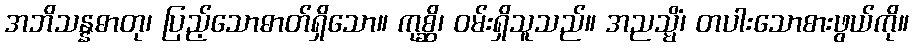
အဘိသန္နဓာတု၊ ပြည့်သောဓာတ်ရှိသော။ ကုစ္ဆိ၊ ဝမ်းရှိသူသည်။ အညသ္မိံ၊ တပါးသောစားဖွယ်ကို။